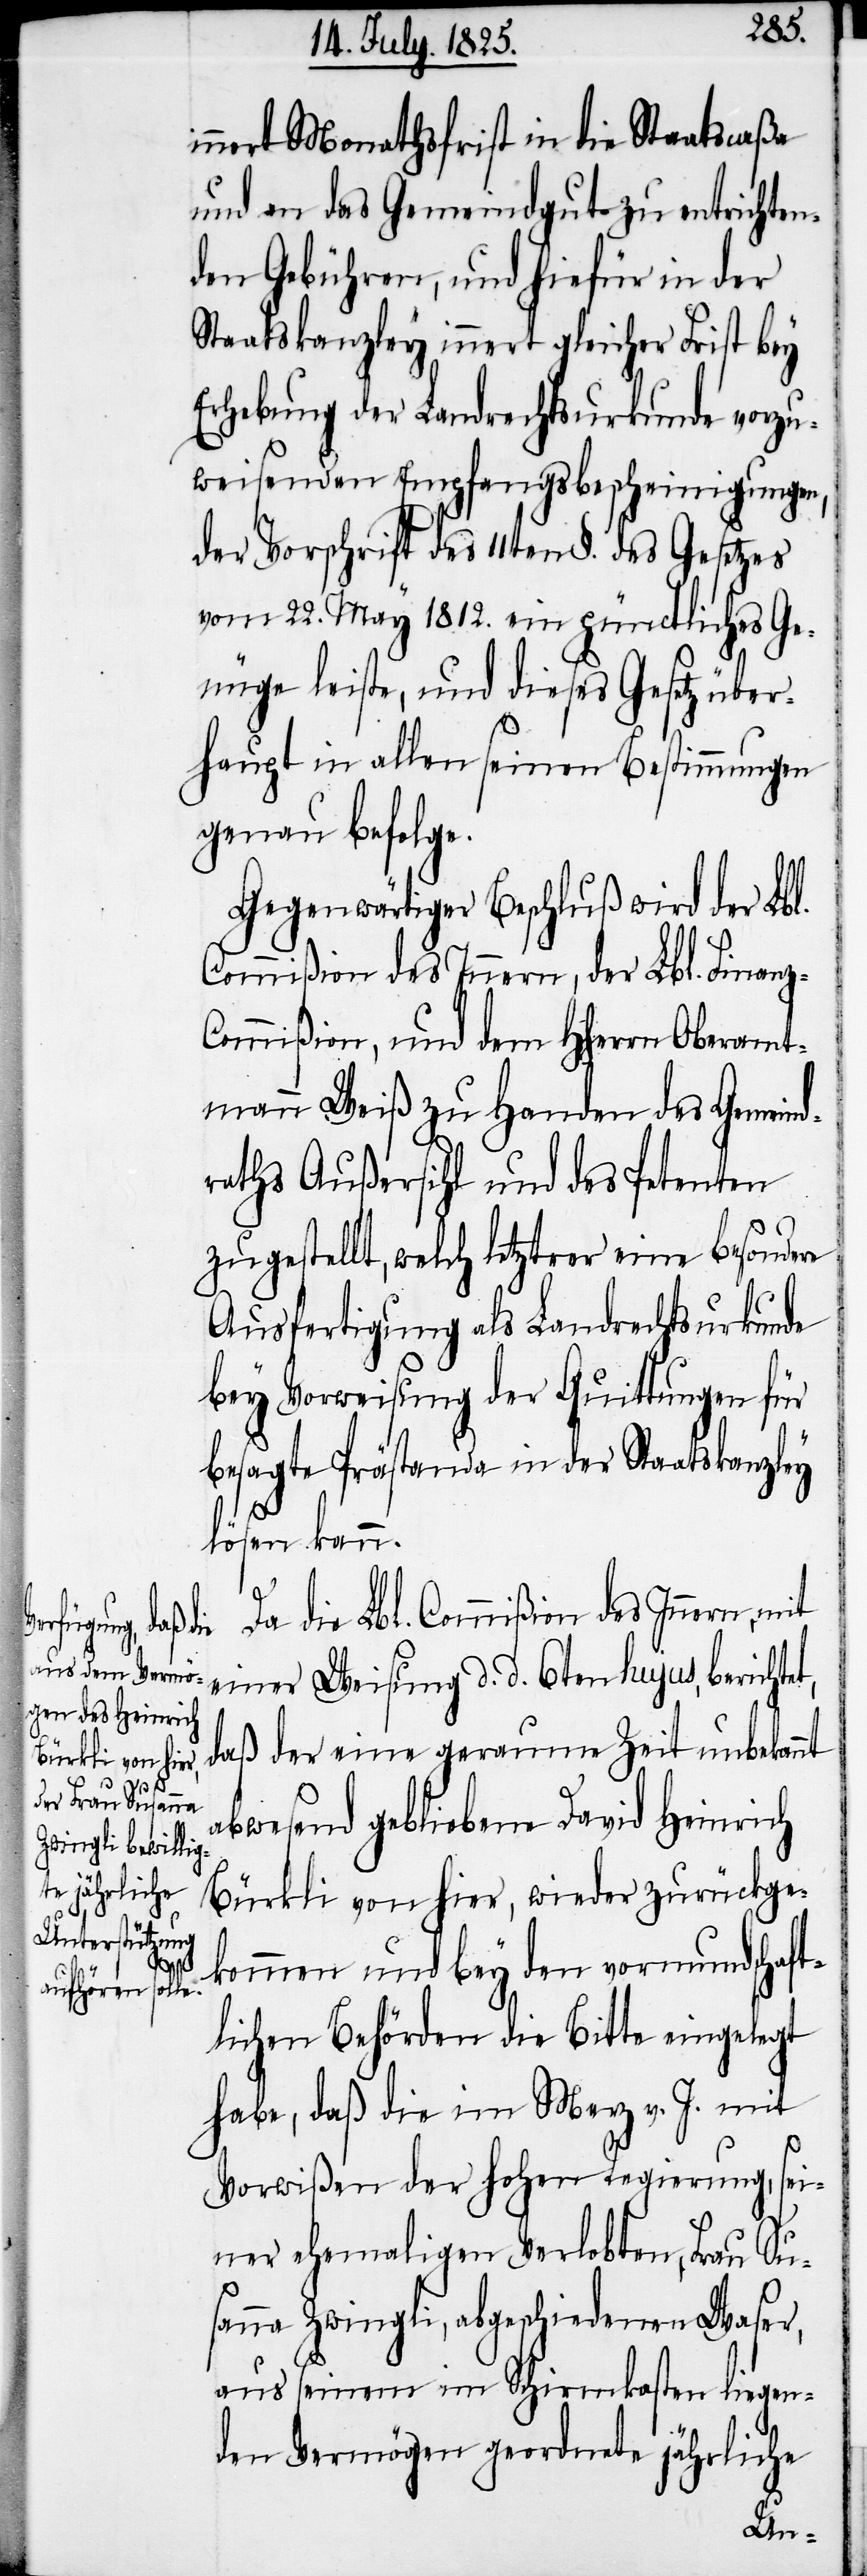
z-C¬

nnert Monathsfrist in die Staatscaßa
und an das Gemeindgute zu entrichten¬
den Gebühren, und hiefür in der
Staatskanzley innert gleicher Frist bey
Erhebung der Landrechtsurkunde vorzu¬
weisenden Empfangsbescheinigungen,
der Vorschrift des 11ten §. des Gesetzes
vom 22. May 1812. ein pünctliches Ge¬
nüge leiste, und dieses Gesetz über¬
haupt in allen seinen Bestimmungen
genau befolge.
Gegenwärtiger Beschluß wird der Lbl.
Commißion des Innern, der Lbl. Finan¬
ommißion, und dem HHerrn Oberamt¬
mann Weiß zu Handen des Gemeind¬
raths Außersihl und des Petenten
zugestellt, welch letzterer eine besondere
Ausfertigung als Landrechtsurkunde
bey Vorweisung der Quittungen für
besagte Prästanda in der Staatskanzley
lösen kann.